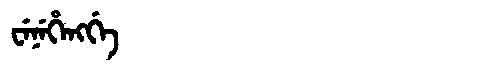
Manchu: ᠸᡝᠨᡝᡥᡝᠩᡤᡝ
Romanization: WENEHENGGE